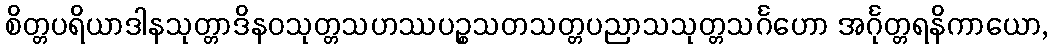
စိတ္တပရိယာဒါနသုတ္တာဒိနဝသုတ္တသဟဿပဉ္စသတသတ္တပညာသသုတ္တသင်္ဂဟော အင်္ဂုတ္တရနိကာယော,